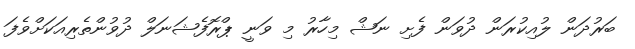
ބަރުދަން ލުއިކުރަން ދުވަން ފެށި ނަޝް މިހާރު މި ވަނީ ޕްރޮފެޝަނަލް ދުވުންތެރިއަކަށްވެފަ